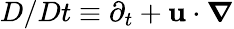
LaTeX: D/Dt\equiv\partial_{t}+\mathbf{u}\cdot\boldsymbol{\nabla}